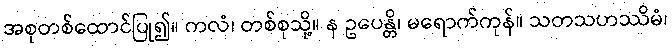
အစုတစ်ထောင်ပြု၍။ ကလံ၊ တစ်စုသို့။ န ဥပေန္တိ၊ မရောက်ကုန်။ သတသဟဿိမံ၊